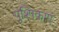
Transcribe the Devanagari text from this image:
पुश्पिकाएं